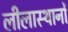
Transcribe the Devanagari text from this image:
लीलास्थानों